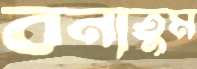
বনাতুম